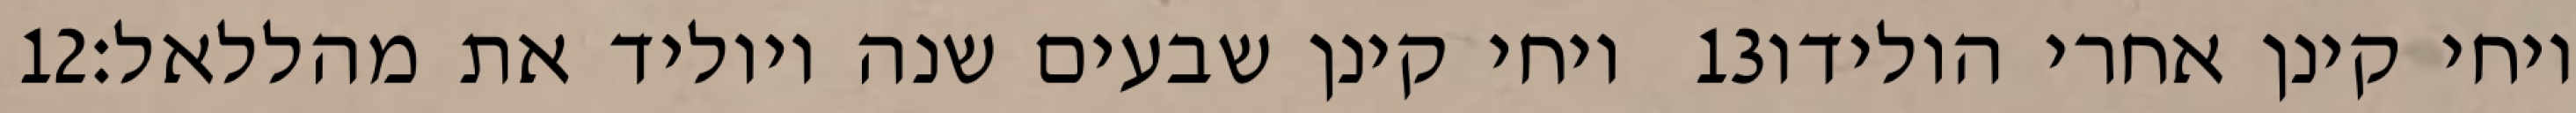
‎12‏ ויחי קינן שבעים שנה ויוליד את מהללאל׃ ‎13‏ ויחי קינן אחרי הולידו